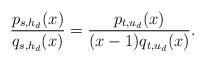
LaTeX: \begin{align*} \frac{p_{s,h_d}(x)}{q_{s,h_d}(x)}=\frac{p_{t,u_d}(x)}{(x-1)q_{t,u_d}(x)}.\end{align*}